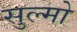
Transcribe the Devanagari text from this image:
सुल्मो